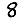
Digit: 8